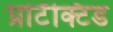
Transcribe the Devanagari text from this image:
प्रोटॅक्टिड